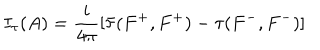
I _ { \tau } ( A ) = \frac { i } { 4 \pi } [ \bar { \tau } ( F ^ { + } , F ^ { + } ) - \tau { } ( F ^ { - } , F ^ { - } ) ]